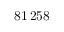
8 1 \, 2 5 8